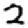
Digit: 2